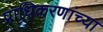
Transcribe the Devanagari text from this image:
प्राधिकरणांच्या